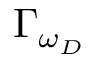
\Gamma _ { \omega _ { D } }